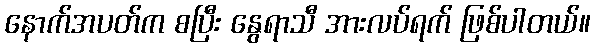
နောက်အပတ်က စပြီး နွေရာသီ အားလပ်ရက် ဖြစ်ပါတယ်။